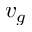
v _ { g }